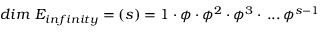
d i m ~ E _ { i n f i n i t y } = ( s ) = 1 \cdot \phi \cdot \phi ^ { 2 } \cdot \phi ^ { 3 } \cdot \, . . . \, \phi ^ { s - 1 }